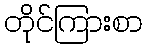
တိုင်ကြားစာ